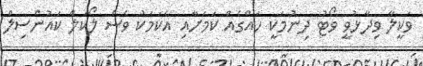
ވަކީލާ ވިދާޅުވީ ވޯޓު ދިނުމަކީ ހައްގެއް ކަމަށާއި އެކަމަކު ވެސް ލޯކަލް ކައުންސިލް